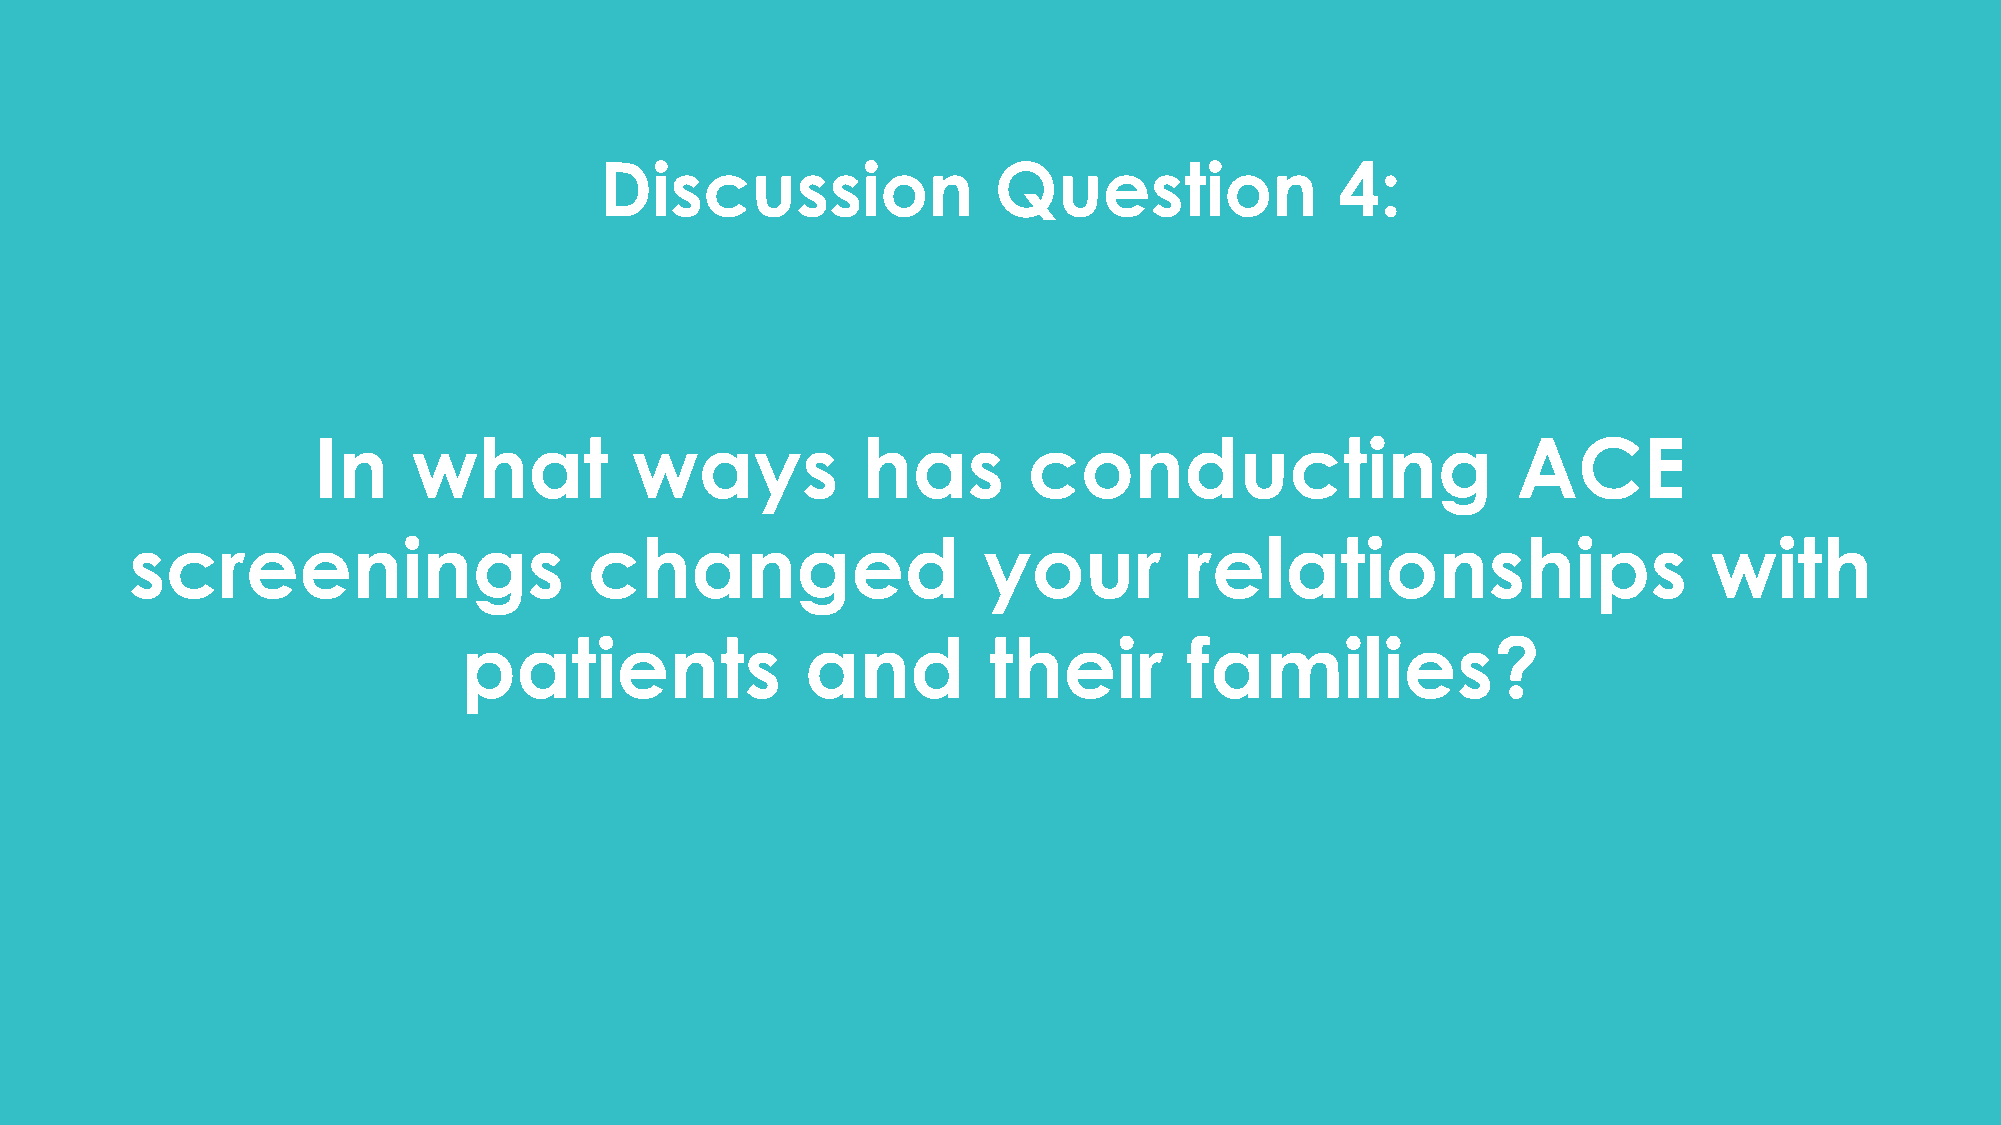
Discussion                Question               4:
 In    what           ways           has        conducting                      ACE
 screenings                    changed                   your         relationships                      with
 patients              and         their         families?